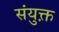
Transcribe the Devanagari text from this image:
संयुक्त़